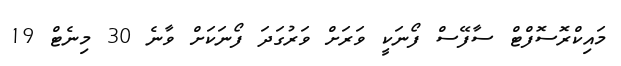
މައިކްރޮސޮފްޓް ސާފޭސް ފޯނަކީ ވަރަށް ވަރުގަދަ ފޯނަކަށް ވާނެ 30 މިނެޓް 19